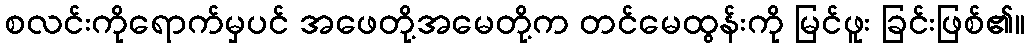
စလင်းကိုရောက်မှပင် အဖေတို့အမေတို့က တင်မေထွန်းကို မြင်ဖူး ခြင်းဖြစ်၏။